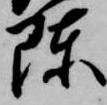
陳